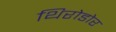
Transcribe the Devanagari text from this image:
थिरोडोर